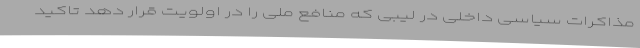
مذاکرات سیاسی داخلی در لیبی که منافع ملی را در اولویت قرار دهد تاکید